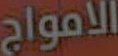
الامواج